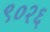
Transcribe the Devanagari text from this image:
९०२६